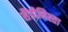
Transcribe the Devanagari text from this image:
सैंडीनिस्ता